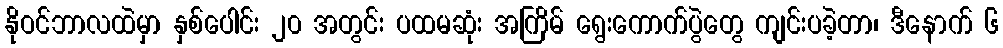
နိုဝင်ဘာလထဲမှာ နှစ်ပေါင်း ၂၀ အတွင်း ပထမဆုံး အကြိမ် ရွေးကောက်ပွဲတွေ ကျင်းပခဲ့တာ၊ ဒီနောက် ၆